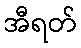
အီရတ်